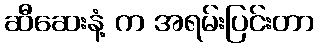
ဆီဆေးနံ့ က အရမ်းပြင်းတာ